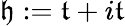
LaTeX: {\mathfrak{h}}:={\mathfrak{t}}+i{\mathfrak{t}}